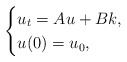
\begin{align*}\begin{cases} u_t=Au+Bk,\\ u(0)=u_0,\end{cases}\end{align*}